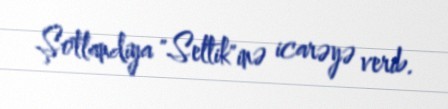
Şotlandiya "Seltik"inə icarəyə verib.